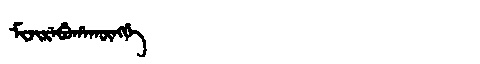
Manchu: ᠮᡳᠵᡳᡵᡝᠪᡠᡥᠠᡴᡡᠩᡤᡝ
Romanization: MIJIREBUHAKŪNGGE